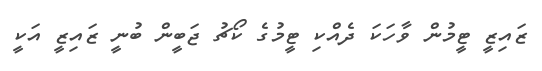
ޒައިޒީ ޓީމުން ވާހަކަ ދެއްކި ޓީމުގެ ކޯޗު ޖަބީން ބުނީ ޒައިޒީ އަކީ